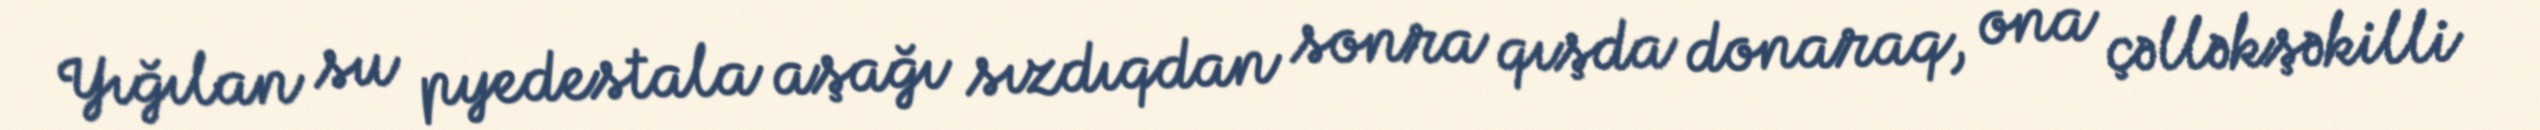
Yığılan su pyedestala aşağı sızdıqdan sonra qışda donaraq, ona çəlləkşəkilli